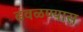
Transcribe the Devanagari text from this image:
ढवळण्यास